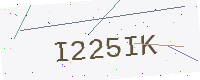
Text: I225IK